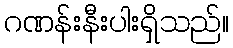
ဂဏန်းနီးပါးရှိသည်။